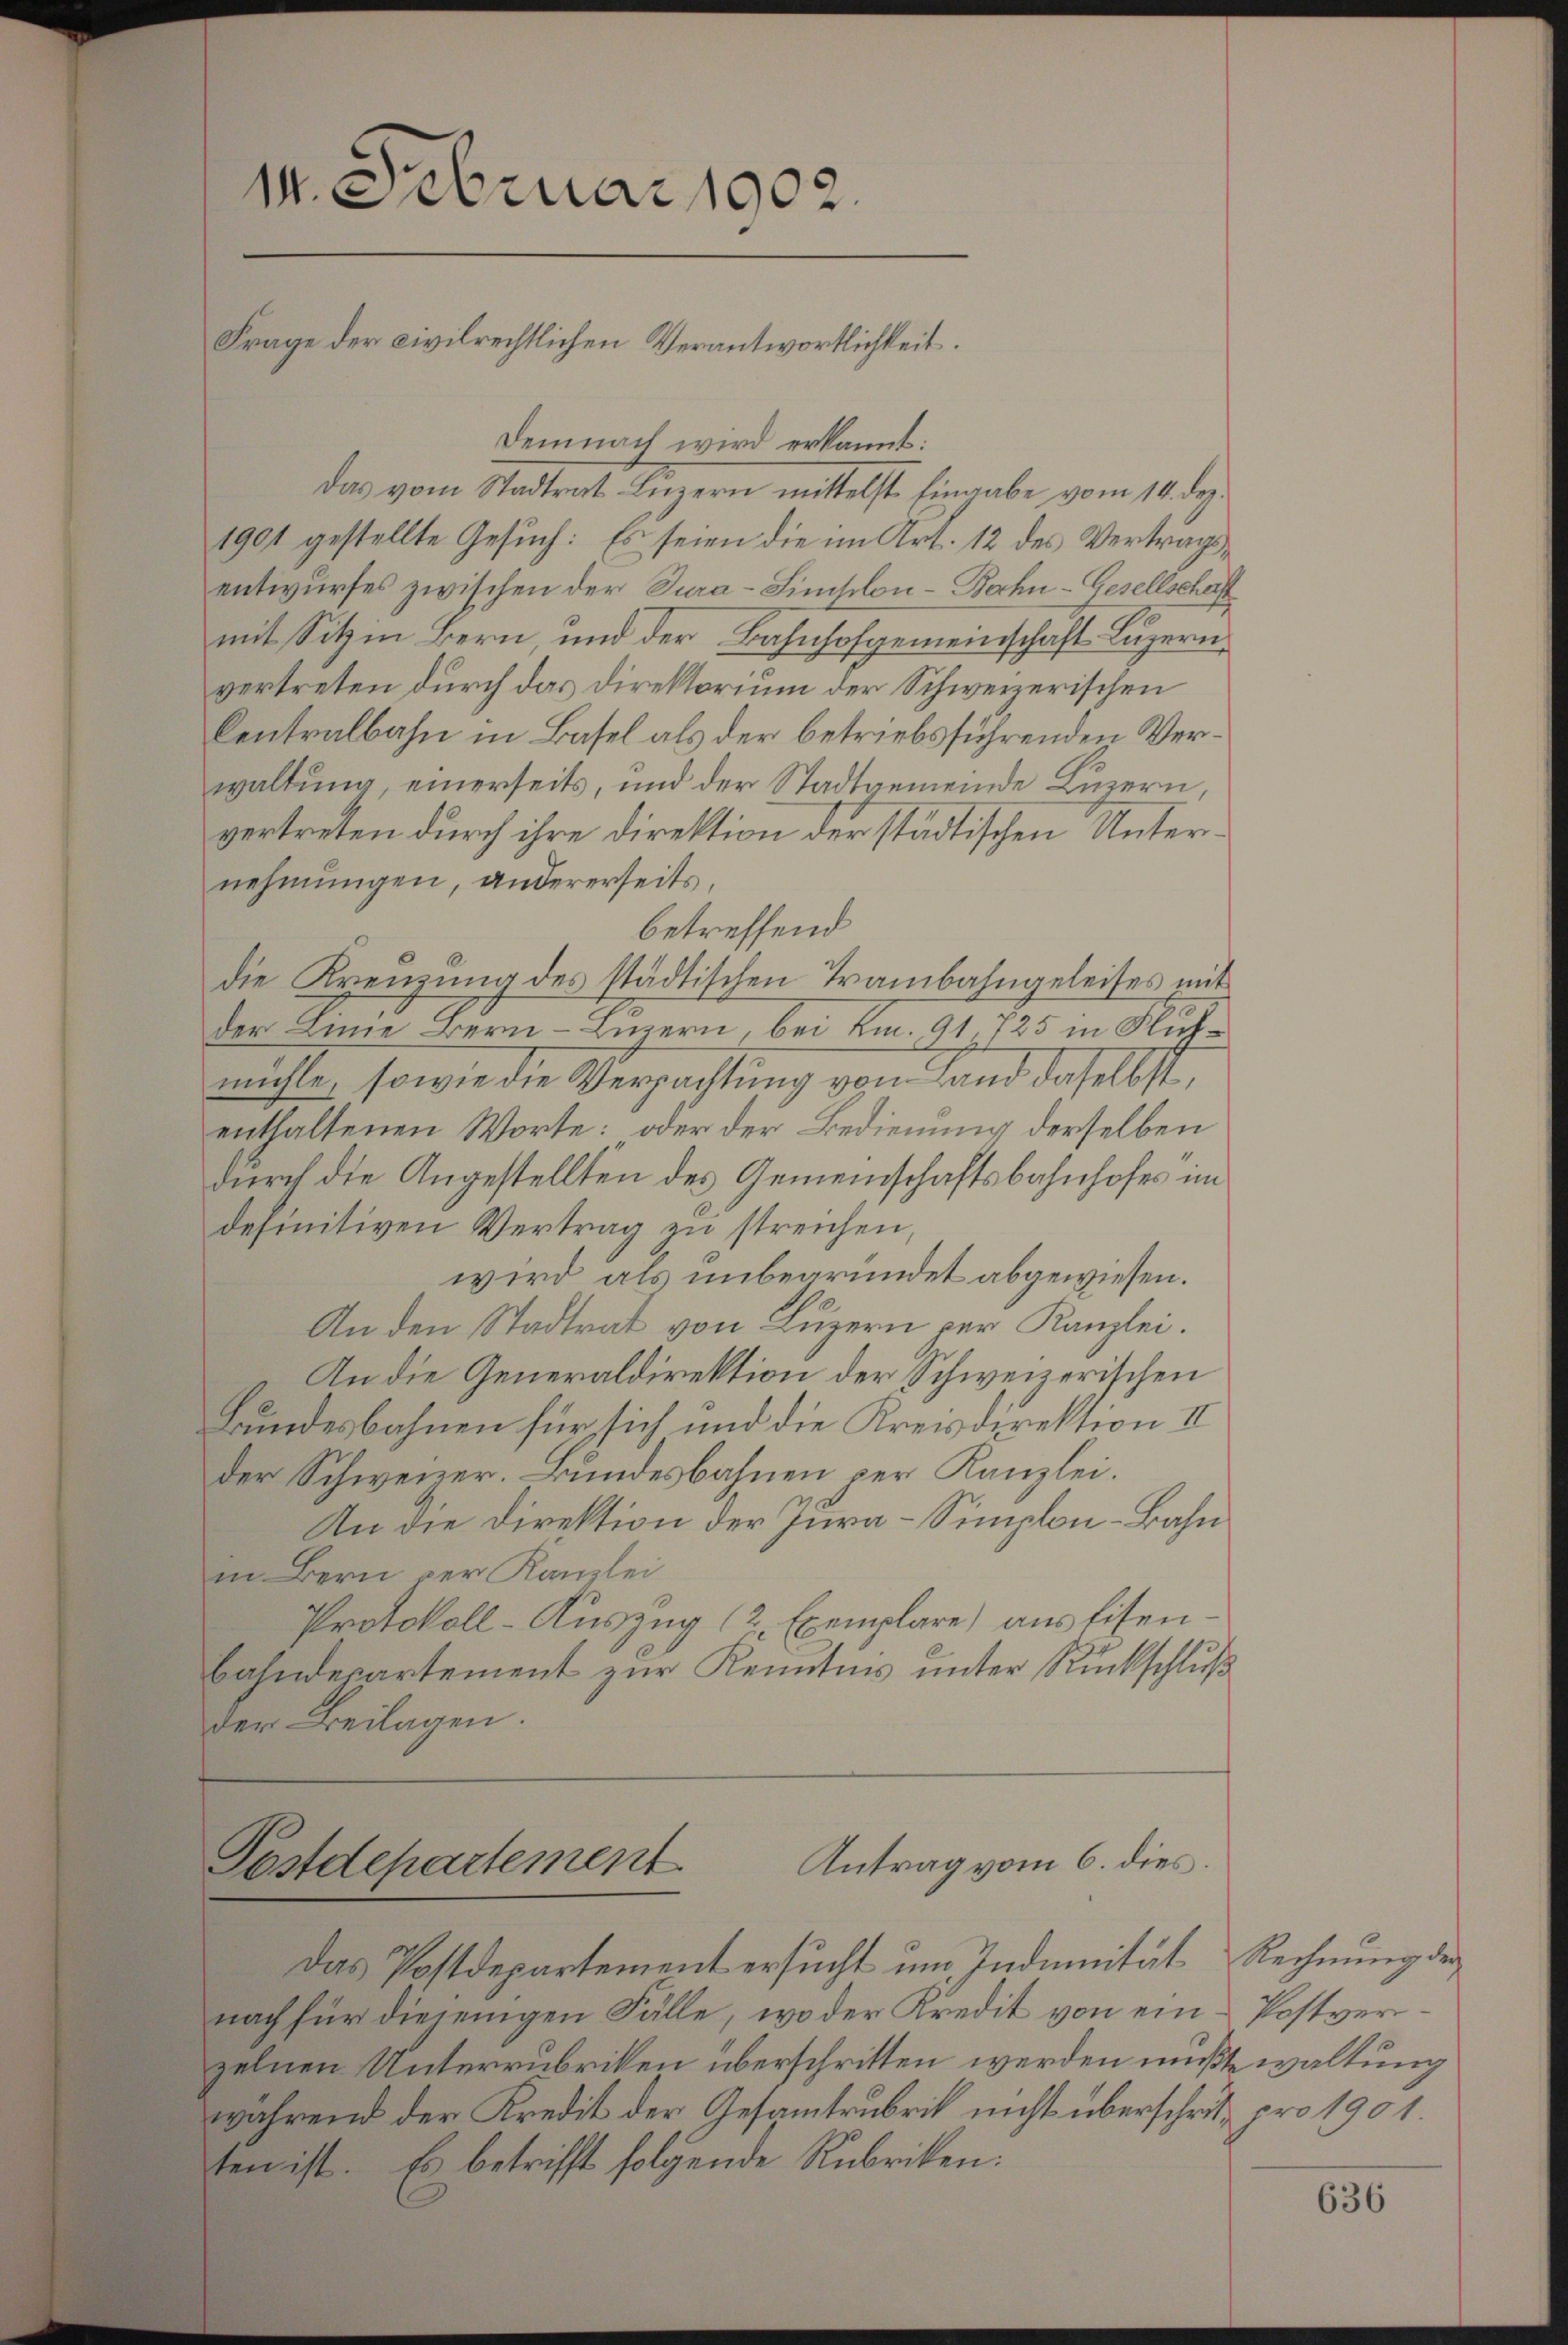
14. Februar 1902.
Frage der civilrechtlichen Verantwortlichkeit.

Demnach wird erkannt:
Das vom Stadtrat Liegern mittelst Eingabe vom 14. ds.
1901 gestellte Gesuch: Es seien die im Art. 12 des Vertragsentwurfes zwischen der Jura-Limsilon-Bahn-Gesellschaft
mit Sitz in Bern, und der Bahnhofgemeinschaft Luzern
vertreten durch das Direktorium der Schweizerischen
Centralbahn in Basel als der betriebsführenden Verwaltung, einerseits, und der Stadtgemeinde Luzern,
vertreten durch ihre Direktion der städtischen Unternehmungen, andererseits,
betreffend
die Krenzung des städtischen Trambahngeleises mit
der Linie Bern–Luzern, bei Km. 91. 725 in Fühmühle, sowie die Verpachtung vom Land daselbst,
enthaltenen Worte: oder der Bedienung derselben
durch die Angestellten des Gemeinschaftsbahnhofes im
definitiven Vertrag zu streichen,
wird als unbegründet abgewiesen.
An den Stadtrat von Luzern per Kanzlei.
An die Generaldirektion der Schweizerischen
Bundesbahnen für sich und die Kreisdirektion II
der Schweizer. Bundesbahnen per Kanzlei.
An die Direktion der Jura-Simplon-Bahn
in Bern der Kanzlei
Protokoll-Auszug (2 Exemplare) aus Eisen¬
Bahndepartement zur Kenntnis unter Rückschluß
der Beilagen.

Antrag vom 6. dies
Postdepartement
Das Postdepartement ersucht um Indunität Rechnung der

nach für diejenigen Fälle, wo der Kredit von ein Postverzelnen Unterrubriken überschritten werden mußt waltung
während der Kredit der Gesamtrubrik nicht überschrit pro 1901.
sten ist. Es betrifft folgende Rubriken.

636